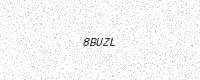
Text: 8BUZL